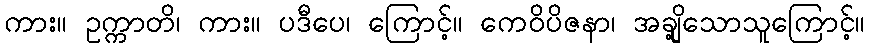
ကား။ ဥက္ကာတိ၊ ကား။ ပဒီပေ၊ ကြောင့်။ ကေဝိပိဇနာ၊ အချို့သောသူကြောင့်။